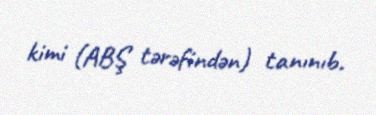
kimi (ABŞ tərəfindən) tanınıb.